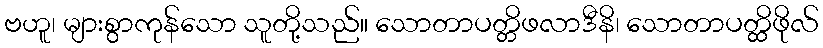
ဗဟူ၊ များစွာကုန်သော သူတို့သည်။ သောတာပတ္တိဖလာဒီနိ၊ သောတာပတ္ထိဖိုလ်